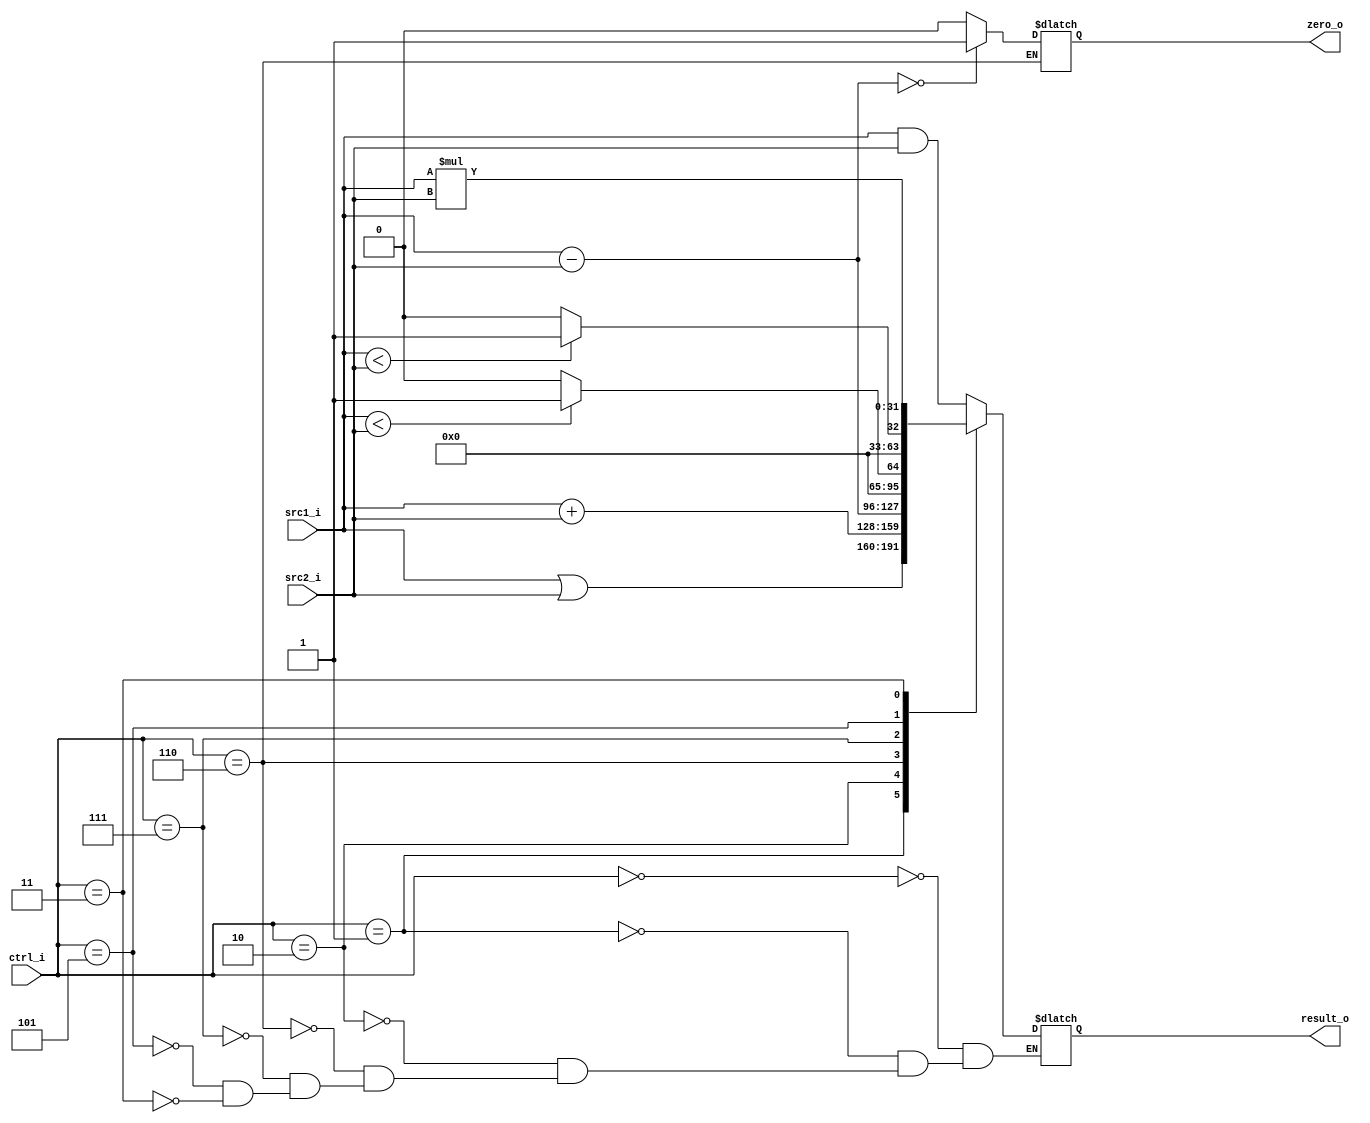
module ALU(
           src1_i,          // 32 bits source 1          (input)
           src2_i,          // 32 bits source 2          (input)
           ctrl_i,					// 4 bits ALU control input  (input)
           result_o,        // 32 bits result_o            (output)
           zero_o          // 1 bit when the output is 0, zero_o must be set (output)
           );

	input  [32-1:0] src1_i;
	input  [32-1:0] src2_i;
	input   [4-1:0] ctrl_i;
	//input   [3-1:0] bonus_control; 

	output [32-1:0]	result_o;
	output          zero_o;

	reg    [32-1:0] result_o;   //may be use another wire to connect
	reg             zero_o;	

always@(*)
	begin
			case(ctrl_i)
				4'b0000:begin //bitwise AND
					result_o = src1_i & src2_i;
				end
				4'b0001:begin //bitwise OR
					result_o = src1_i | src2_i;	
				end
				4'b0010:begin //Addition
					result_o = src1_i + src2_i;
				end
				4'b0110:begin //Subtraction
					result_o = src1_i - src2_i;
					zero_o = result_o == 0 ? 1 : 0;
				end
				4'b0111:begin	//slt
						result_o = $signed(src1_i) < $signed(src2_i) ? 1 : 0;
				end
				4'b0101:begin	//sltiu
						result_o = src1_i < src2_i ? 1 : 0;
				end	
				4'b0011:begin //mul
						result_o = src1_i * src2_i;
				end
				default:begin
				end
			endcase
	end

endmodule